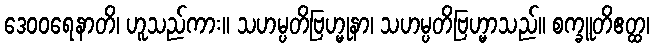
ဒေဝဝရေနာတိ၊ ဟူသည်ကား။ သဟမ္ပတိဗြဟ္မုနာ၊ သဟမ္ပတိဗြဟ္မာသည်။ စက္ခူတိဧတ္ထ၊